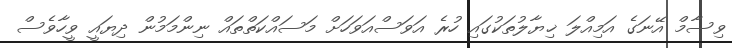
ވިސާމް އޭނަގެ އަމިއްލަ ޚިޔާލުތަކުގައި ހުރެ އަވަސްއަވަހަށް މަސައްކަތްތައް ނިންމަމުން ދިޔައީ ވީހާވެސް